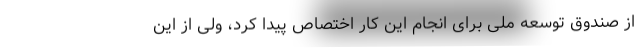
از صندوق توسعه ملی برای انجام این کار اختصاص پیدا کرد، ولی از این